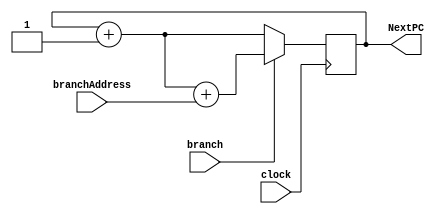
module nextPC(branch, branchAddress, NextPC, clock);
// Inputs
input branch, clock;
input [31:0] branchAddress;
// Output
output reg [31:0] NextPC;

initial begin
	NextPC = 32'h00000000;
end

always @ (posedge clock) begin
	if(branch)
		NextPC = NextPC + 1 + branchAddress;   // If branch signal is 1, then add branchAddress to nextPC
	else 
		NextPC = NextPC + 1;
end

endmodule